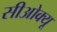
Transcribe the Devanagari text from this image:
सीओक्यू